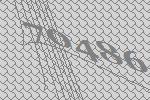
70486